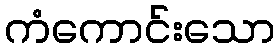
ကံကောင်းသော